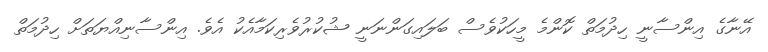
އޭނާގެ އިންސާނީ ހިދުމަތް ކޮންމެ މީހަކުވެސް ބަލައިގަންނަނީ ޝުކުރުވެރިކަމާއެކު އެވެ. އިންސާނިއްޔަތަށް ހިދުމަތް